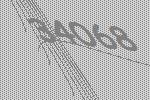
34068